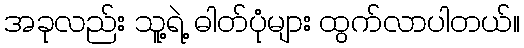
အခုလည်း သူ့ရဲ့ ဓါတ်ပုံများ ထွက်လာပါတယ်။